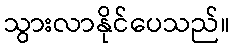
သွားလာနိုင်ပေသည်။